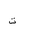
Letter: _ta